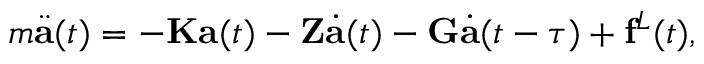
m \ddot { \mathbf { a } } ( t ) = - \mathbf { K } \mathbf { a } ( t ) - \mathbf { Z } \dot { \mathbf { a } } ( t ) - \mathbf { G } \dot { \mathbf { a } } ( t - \tau ) + \mathbf { f } ^ { L } ( t ) ,